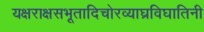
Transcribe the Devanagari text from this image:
यक्षराक्षसभूतादिचोरव्याघ्रविघातिनी